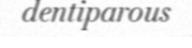
dentiparous